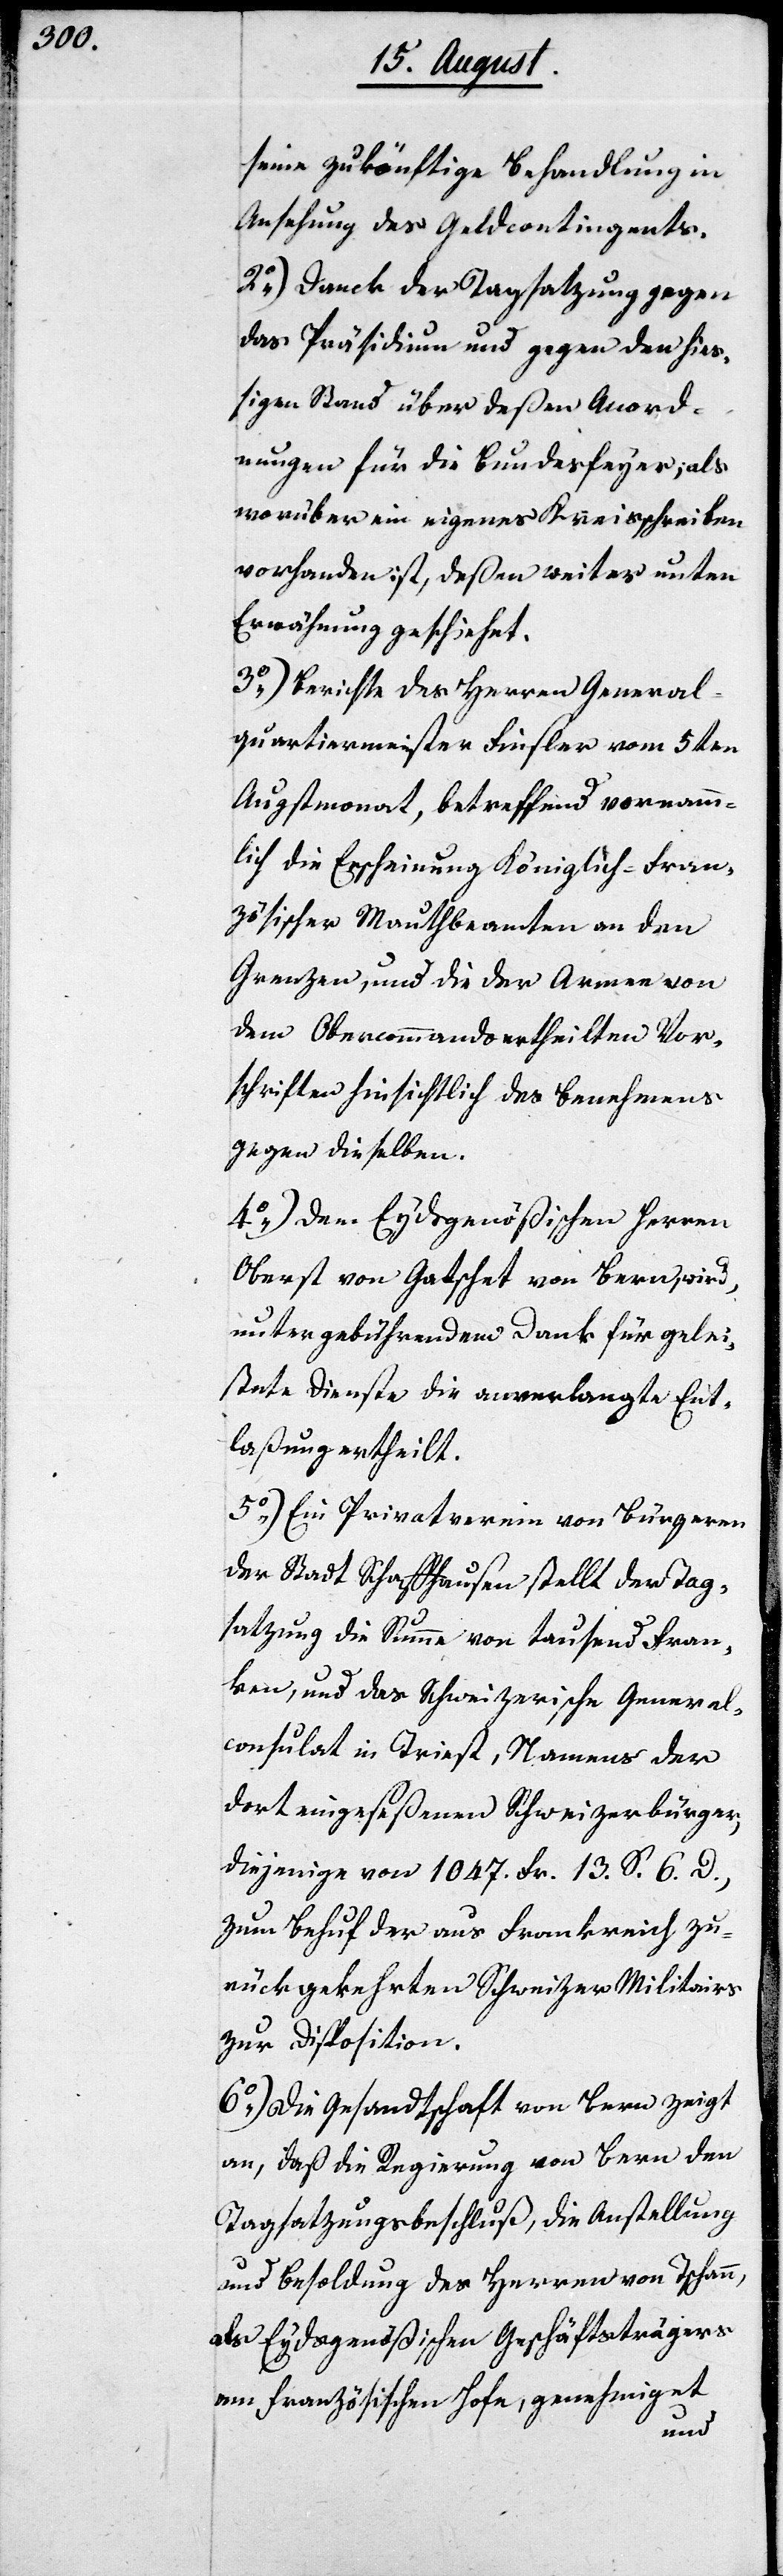
seine zukönftige Behandlung in
Ansehung des Geldcontingents.
2.) Danck der Tagsatzung gegen
das Präsidium und gegen den hieß¬
igen Stand über deßen Anord¬
nungen für die Bundesfeyer, als
worüber ein eigenes Kreisschreiben
vorhanden ist, deßen weiter unter
Erwähnung geschiehet.
3.) Berichte des Herrn General¬
quartiermeister Finsler vom 5ten
Augstmonat, betreffend vornamm¬
lich die Erscheinung Königlich-Fran¬
zösischer Mauthbeamten an den
Grenzen, und die der Armee von
dem Obercommando ertheilten Vor¬
schriften hinsichtlich des Benehmens
gegen dieselben.
4.) Dem Eydsgenößischen Herrn
Oberst von Gatschet von Bern wird,
unter gebührendem Dank für gelei¬
stete Dienste die anverlangte Ent¬
laßung ertheilt.
5.) Ein Privatverein von Bürgern
der Stadt Schaffhausen stellt der Tag¬
satzung die Summe von tausend Fran¬
ken, und das Schweizerische General¬
consulat in Triest, Namens der
dort eingeseßenen Schweizerbürger,
diejenige von 1047. Fr. 13. S. 6. D.,
zum Behuf der aus Frankreich zu¬
rückgekehrten Schweizer Militairs
zur Disposition.
6.) Die Gesandtschaft von Bern zeigt
an, daß die Regierung von Bern den
Tagsatzungsbeschluß, die Anstellung
und Besoldung des Herren von Tschann,
als Eydsgenößischen Geschäftsträgers
am Französischen Hof, genehmiget